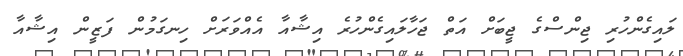
ލައިގެންހުރި ޖިންސްގެ ޖީބަށް އަތް ޖަހާލައިގެންހުރެ އިޝާއާ އެއްވަރަށް ހިނގަމުން ފަޒީން އިޝާއާ